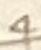
Text: 4